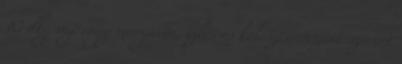
10 dkg vaj vagy margarin, ízlés és koleszterinszint szerint